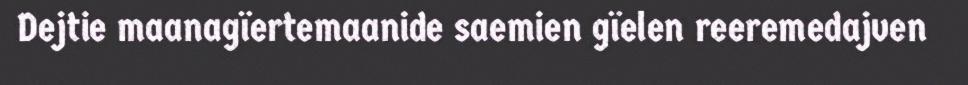
Dejtie maanagïertemaanide saemien gïelen reeremedajven